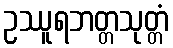
ဥဿူရဘတ္တသုတ္တံ